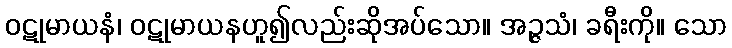
ဝဋုမာယနံ၊ ဝဋုမာယနဟူ၍လည်းဆိုအပ်သော။ အဉ္ဇသံ၊ ခရီးကို။ သော